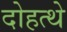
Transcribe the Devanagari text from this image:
दोहत्थे